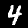
Digit: 4